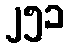
၂၅၁